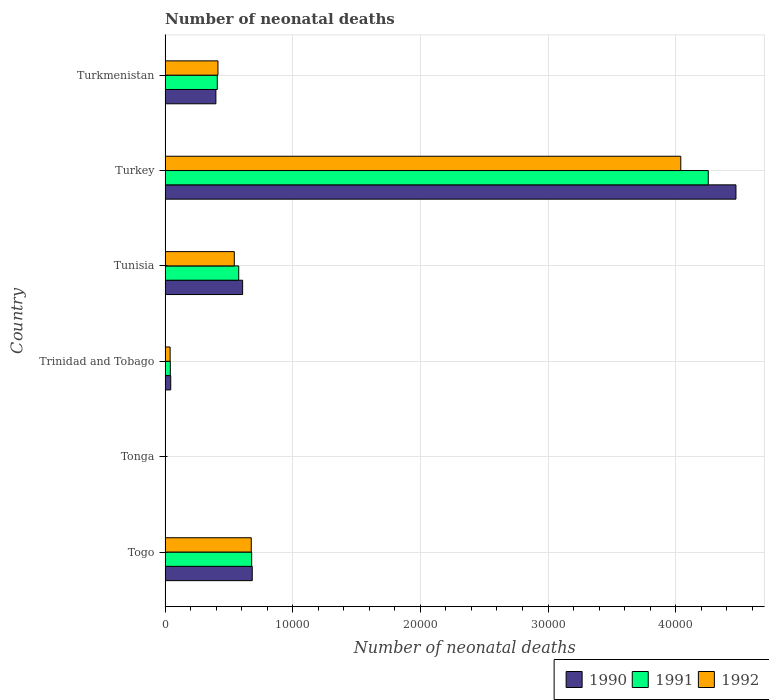
| Country | 1990 | 1991 | 1992 |
 | --- | --- | --- | --- |
 | Togo | 6.83e+03 | 6.78e+03 | 6.75e+03 |
 | Tonga | 26 | 25 | 25 |
 | Trinidad and Tobago | 442 | 409 | 394 |
 | Tunisia | 6.07e+03 | 5.77e+03 | 5.42e+03 |
 | Turkey | 4.47e+04 | 4.26e+04 | 4.04e+04 |
 | Turkmenistan | 3.98e+03 | 4.09e+03 | 4.14e+03 |